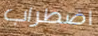
اضطراب